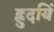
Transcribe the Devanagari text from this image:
ह्रुदयिं